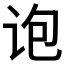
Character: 𰵜